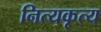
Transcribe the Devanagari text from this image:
नित्यकृत्य